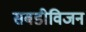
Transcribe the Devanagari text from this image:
सबडीविजन